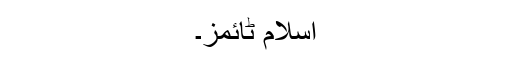
اسلام ٹائمز۔